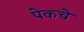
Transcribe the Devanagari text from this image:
पेकचे